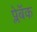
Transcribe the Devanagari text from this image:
प्लेबॅक